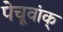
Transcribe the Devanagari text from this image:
पेचूवांक्